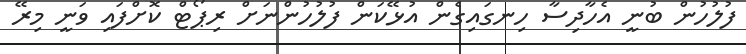
ފުލުހުން ބުނީ އެހާދިސާ ހިނގައިގެން އުޅޭކަން ފުލުހުންނަށް ރިޕޯޓް ކޮށްފައި ވަނީ މިރޭ